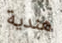
هندية